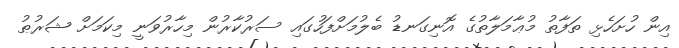
އިން ހުށަހެޅި ތަފާތު މުޢާމަލާތުގެ އޮނިގަނޑު ބެލުމަށްފަހުގައި ސަރުކާރުން މިހާރުވަނީ މިކަމަށް ޝަރުޠު